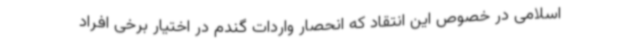
اسلامی در خصوص این انتقاد که انحصار واردات گندم در اختیار برخی افراد